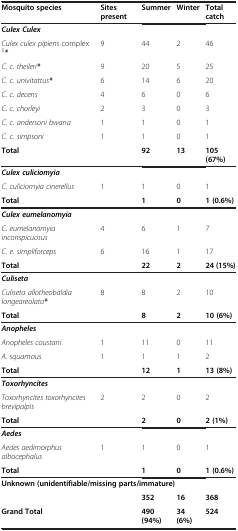
<table><thead><tr><td><b>Mosquito species</b></td><td><b>Sites present</b></td><td><b>Summer</b></td><td><b>Winter</b></td><td><b>Total catch</b></td></tr></thead><tbody><tr><td colspan="5"><b><i>Culex Culex</i></b></td></tr><tr><td><i>Culex culex pipiens</i> complex<sup>$</sup><b><i>*</i></b></td><td>9</td><td>44</td><td>2</td><td>46</td></tr><tr><td><i>C. c. theileri</i><b><i>*</i></b></td><td>9</td><td>20</td><td>5</td><td>25</td></tr><tr><td><i>C. c. univitattus</i><b><i>*</i></b></td><td>6</td><td>14</td><td>6</td><td>20</td></tr><tr><td><i>C. c. decens</i></td><td>4</td><td>6</td><td>0</td><td>6</td></tr><tr><td><i>C. c. chorleyi</i></td><td>2</td><td>3</td><td>0</td><td>3</td></tr><tr><td><i>C. c. andersoni bwana</i></td><td>1</td><td>1</td><td>0</td><td>1</td></tr><tr><td><i>C. c. simpsoni</i></td><td>1</td><td>1</td><td>0</td><td>1</td></tr><tr><td><b>Total</b></td><td> </td><td><b>92</b></td><td><b>13</b></td><td><b>105 (67%)</b></td></tr><tr><td colspan="5"><b><i>Culex culiciomyia</i></b></td></tr><tr><td><i>C. culiciomyia cinerellus</i></td><td>1</td><td>1</td><td>0</td><td>1</td></tr><tr><td><b>Total</b></td><td> </td><td><b>1</b></td><td><b>0</b></td><td><b>1 (0.6%)</b></td></tr><tr><td colspan="5"><b><i>Culex eumelanomyia</i></b></td></tr><tr><td><i>C. eumelanomyia inconspicuosus</i></td><td>4</td><td>6</td><td>1</td><td>7</td></tr><tr><td><i>C. e. simpliforceps</i></td><td>6</td><td>16</td><td>1</td><td>17</td></tr><tr><td><b>Total</b></td><td> </td><td><b>22</b></td><td><b>2</b></td><td><b>24 (15%)</b></td></tr><tr><td colspan="5"><b><i>Culiseta</i></b></td></tr><tr><td><i>Culiseta allotheobaldia longeareolata</i><b><i>*</i></b></td><td>8</td><td>8</td><td>2</td><td>10</td></tr><tr><td><b>Total</b></td><td> </td><td><b>8</b></td><td><b>2</b></td><td><b>10 (6%)</b></td></tr><tr><td colspan="5"><b><i>Anopheles</i></b></td></tr><tr><td><i>Anopheles coustani</i></td><td>1</td><td>11</td><td>0</td><td>11</td></tr><tr><td><i>A. squamous</i></td><td>1</td><td>1</td><td>1</td><td>2</td></tr><tr><td><b>Total</b></td><td> </td><td><b>12</b></td><td><b>1</b></td><td><b>13 (8%)</b></td></tr><tr><td colspan="5"><b><i>Toxorhyncites</i></b></td></tr><tr><td><i>Toxorhyncites toxorhyncites brevipalpis</i></td><td>2</td><td>2</td><td>0</td><td>2</td></tr><tr><td><b>Total</b></td><td> </td><td><b>2</b></td><td><b>0</b></td><td><b>2 (1%)</b></td></tr><tr><td colspan="5"><b><i>Aedes</i></b></td></tr><tr><td><i>Aedes aedimorphus albocephalus</i></td><td>1</td><td>1</td><td>0</td><td>1</td></tr><tr><td><b>Total</b></td><td> </td><td><b>1</b></td><td><b>0</b></td><td><b>1 (0.6%)</b></td></tr><tr><td colspan="5"><b>Unknown (unidentifiable/missing parts/immature)</b></td></tr><tr><td> </td><td> </td><td><b>352</b></td><td><b>16</b></td><td><b>368</b></td></tr><tr><td><b>Grand Total</b></td><td> </td><td><b>490 (94%)</b></td><td><b>34 (6%)</b></td><td><b>524</b></td></tr></tbody></table>